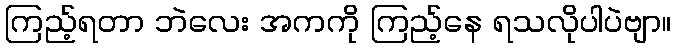
ကြည့်ရတာ ဘဲလေး အကကို ကြည့်နေ ရသလိုပါပဲဗျာ။